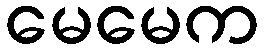
မေမေက